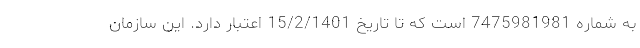
به شماره 7475981981 است که تا تاریخ 15/2/1401 اعتبار دارد. این سازمان